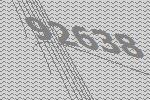
92638